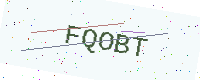
Text: FQOBT